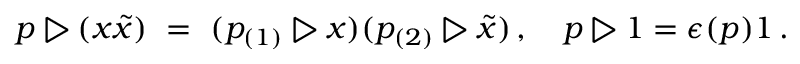
p \triangleright ( x \tilde { x } ) \ = \ ( p _ { ( 1 ) } \triangleright x ) ( p _ { ( 2 ) } \triangleright \tilde { x } ) \, , \quad p \triangleright 1 = \epsilon ( p ) 1 \, .